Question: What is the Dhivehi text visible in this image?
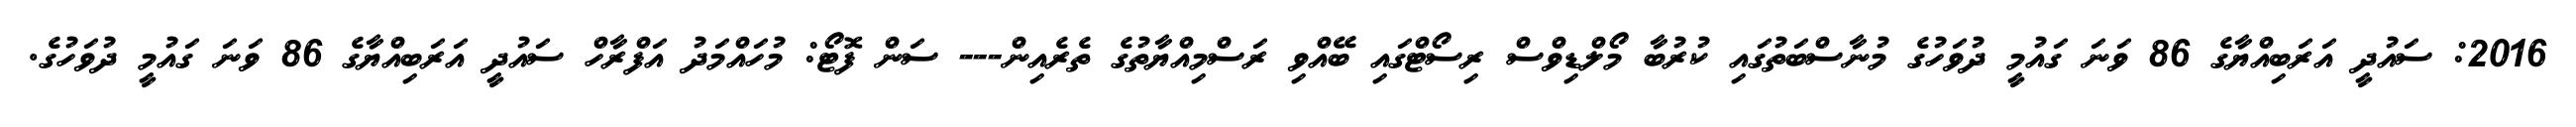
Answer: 2016: ސައުދީ އަރަބިއްޔާގެ 86 ވަނަ ގައުމީ ދުވަހުގެ މުނާސްބަތުގައި ކުރުބާ މޯލްޑިވްސް ރިސޯޓްގައި ބޭއްވި ރަސްމިއްޔާތުގެ ތެރެއިން--- ސަން ފޮޓޯ: މުހައްމަދު އަފްރާހް ސައުދީ އަރަބިއްޔާގެ 86 ވަނަ ގައުމީ ދުވަހުގެ.